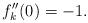
LaTeX: \begin{align*}f_k^{\prime\prime}(0)=-1.\end{align*}